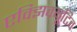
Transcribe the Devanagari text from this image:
एक्झिक्यूटिव